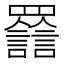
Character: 𦌽